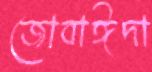
জোবাঈদা